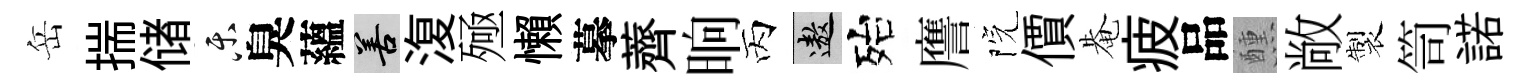
岳揣储乐臭蘊善𣸪殛懶摹薺晌丙遨殆譍院價𤲅疲品醺敞製笥諾